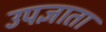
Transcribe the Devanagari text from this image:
उपज्ञाता